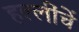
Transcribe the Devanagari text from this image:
हल्लींचें